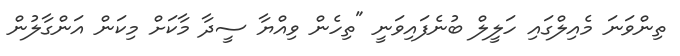
ތިންވަނަ މެއިލްގައި ހަލީލް ބުނެފައިވަނީ "ތިހެން ވިއްޔާ ސީދާ މާކަށް މިކަން އަންގާލުން